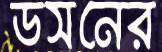
ডসনের